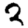
Digit: 2